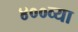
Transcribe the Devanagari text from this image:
४००व्या